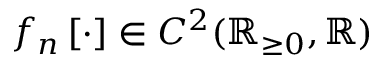
f _ { n } \left[ \cdot \right] \in C ^ { 2 } ( \mathbb { R } _ { \ge 0 } , \mathbb { R } )